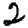
Digit: 2